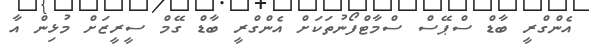
އެންގްރީ ބާޑް ސްޕޭސް ސްމާޓްފޯނުތަކަށް އެންގްރީ ބާޑް ގޭމް ސީރީޒަށް މުޅިން އާ